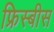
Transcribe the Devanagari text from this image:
फ्रिस्बीस